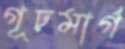
গূঢ়মার্গ